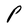
Character: P